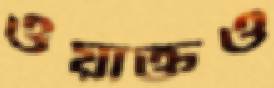
ওয়াক্তও